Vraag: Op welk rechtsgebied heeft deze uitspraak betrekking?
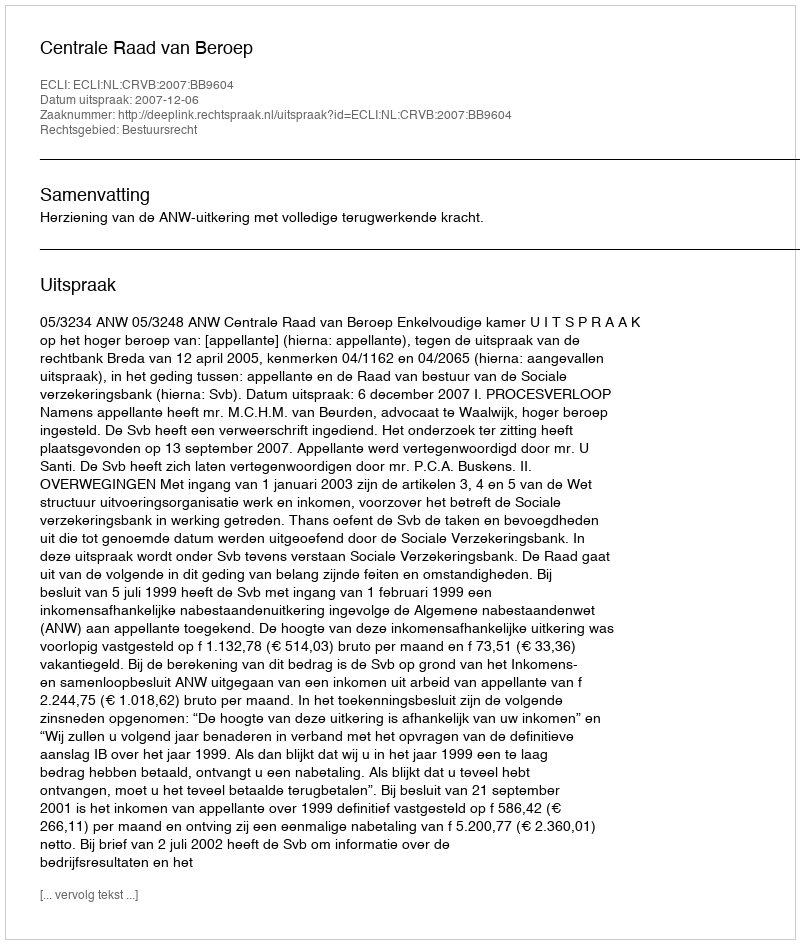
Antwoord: Bestuursrecht